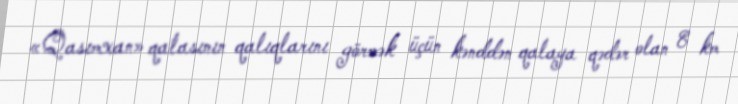
«Qasımxan» qalasının qalıqlarını görmək üçün kənddən qalaya qədər olan 8 km